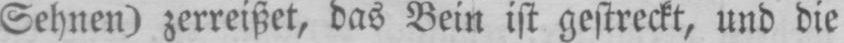
Sehnen) zerreißet, das Bein ist gestreckt, und die